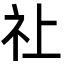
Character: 𮁞